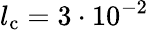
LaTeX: l_{\mathrm{c}}=3\cdot 10^{-2}